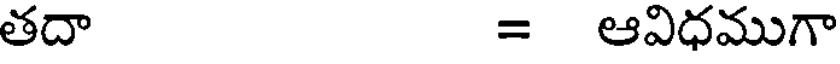
తదా = ఆవిధముగా